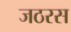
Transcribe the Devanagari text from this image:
जठरस